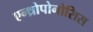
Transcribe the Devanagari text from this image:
एन्थ्रोपोनोसिस